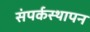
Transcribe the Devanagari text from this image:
संपर्कस्थापन